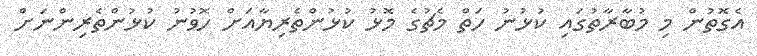
އެގޮތުން މި މުބާރާތުގައި ކުޅުނު ހަތް މެޗުގެ މޮޅު ކުޅުންތެރިޔާއަށް ހޮވުނު ކުޅުންތެރިންނަށް